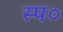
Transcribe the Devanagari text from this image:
स्प०